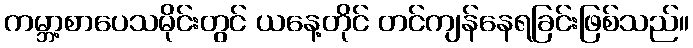
ကမ္ဘာ့စာပေသမိုင်းတွင် ယနေ့တိုင် တင်ကျန်နေရခြင်းဖြစ်သည်။